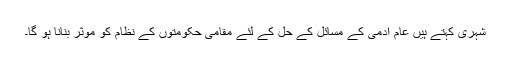
شہری کہتے ہیں عام آدمی کے مسائل کے حل کے لئے مقامی حکومتوں کے نظام کو موثر بنانا ہو گا۔